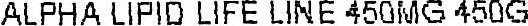
ALPHA LIPID LIFE LINE 450MG 450G